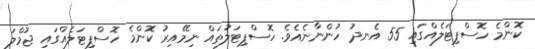
ކޮންމެ ހޮސްޕިޓަލެއްގައި 55 އެނދު ހުންނާނެއެވެ. ހޮސްޕިޓަލުތައް ނިމޭއިރު ކޮންމެ ހޮސްޕިޓަލެއްގައި ޖުމްލަ